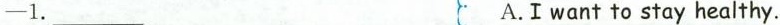
—1.___ A.I want to stay healthy.